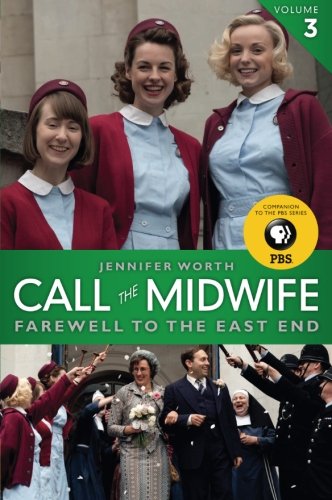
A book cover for Call the Midwife: Farewell to the East End; Jennifer Worth; Biographies & Memoirs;